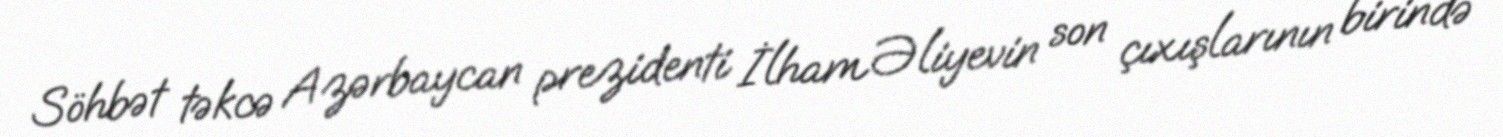
Söhbət təkcə Azərbaycan prezidenti İlham Əliyevin son çıxışlarının birində